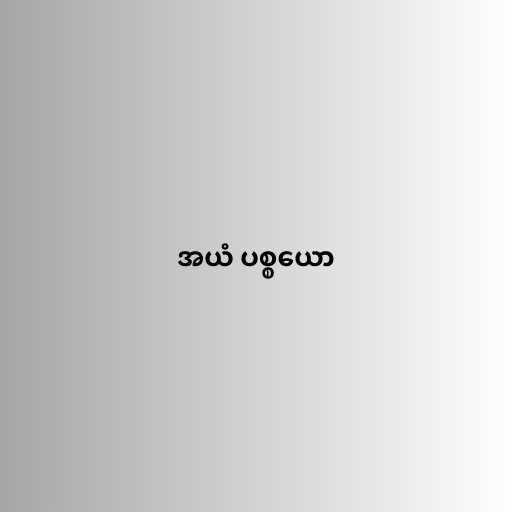
အယံ ပစ္စယော